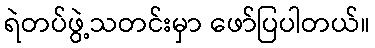
ရဲတပ်ဖွဲ့သတင်းမှာ ဖော်ပြပါတယ်။